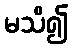
မသိ၍